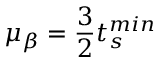
\mu _ { \beta } = \frac { 3 } { 2 } t _ { s } ^ { m i n }